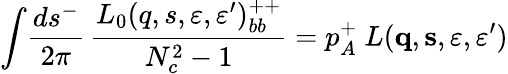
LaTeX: \int\! {\frac{ds^{-}}{2\pi}}\, {\frac{L_{0}(q,s,\varepsilon,\varepsilon^{\prime})_{bb}^{++}}{N_{c}^{2}-1}}=p_{A}^{+}\ L({\mathbf q},{\mathbf s},\varepsilon,\varepsilon^{\prime})